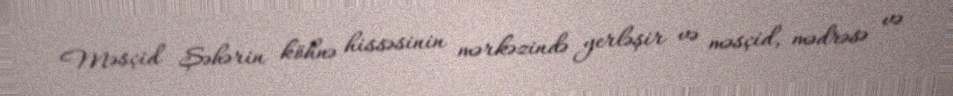
Məsçid Şəhərin köhnə hissəsinin mərkəzində yerləşir və məsçid, mədrəsə və